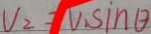
V _ { 2 } = V _ { 1 } \sin \theta